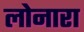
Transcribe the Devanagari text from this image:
लोनारा